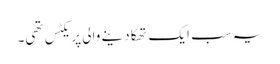
یہ سب ایک تھکا دینے والی پریکٹس تھی۔